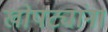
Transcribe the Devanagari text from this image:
खोपट्यांना